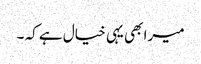
میرا بھی یہی خیال ہے کہ ۔